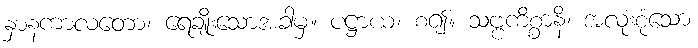
နှာနကာလတော၊ ရေချိုးသောအခါမှ။ ပဋ္ဌာယ၊ စ၍။ သဗ္ဗကိစ္စာနိ၊ အလုံးစုံသော